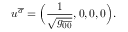
u ^ { \overline { { \sigma } } } = \Big ( { \frac { 1 } { \sqrt { g _ { \overline { { { 0 } } } \overline { { { 0 } } } } } } } , 0 , 0 , 0 \Big ) .